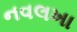
નવલખા